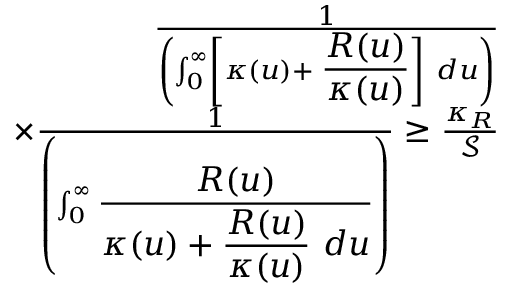
\begin{array} { r l r } & { } & { \frac { 1 } { \left( \int _ { 0 } ^ { \infty } \left[ \kappa ( u ) + \displaystyle \frac { R ( u ) } { \kappa ( u ) } \right] ~ d u \right) } } \\ & { } & { \times \frac { 1 } { \left( \int _ { 0 } ^ { \infty } \displaystyle \frac { R ( u ) } { \kappa ( u ) + \displaystyle \frac { R ( u ) } { \kappa ( u ) } ~ d u } \right) } \geq \frac { \kappa _ { R } } { \mathscr { S } } } \\ & { } & \end{array}